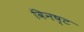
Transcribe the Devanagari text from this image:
विनष्‍ट